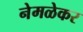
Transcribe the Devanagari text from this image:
नेमळेकर